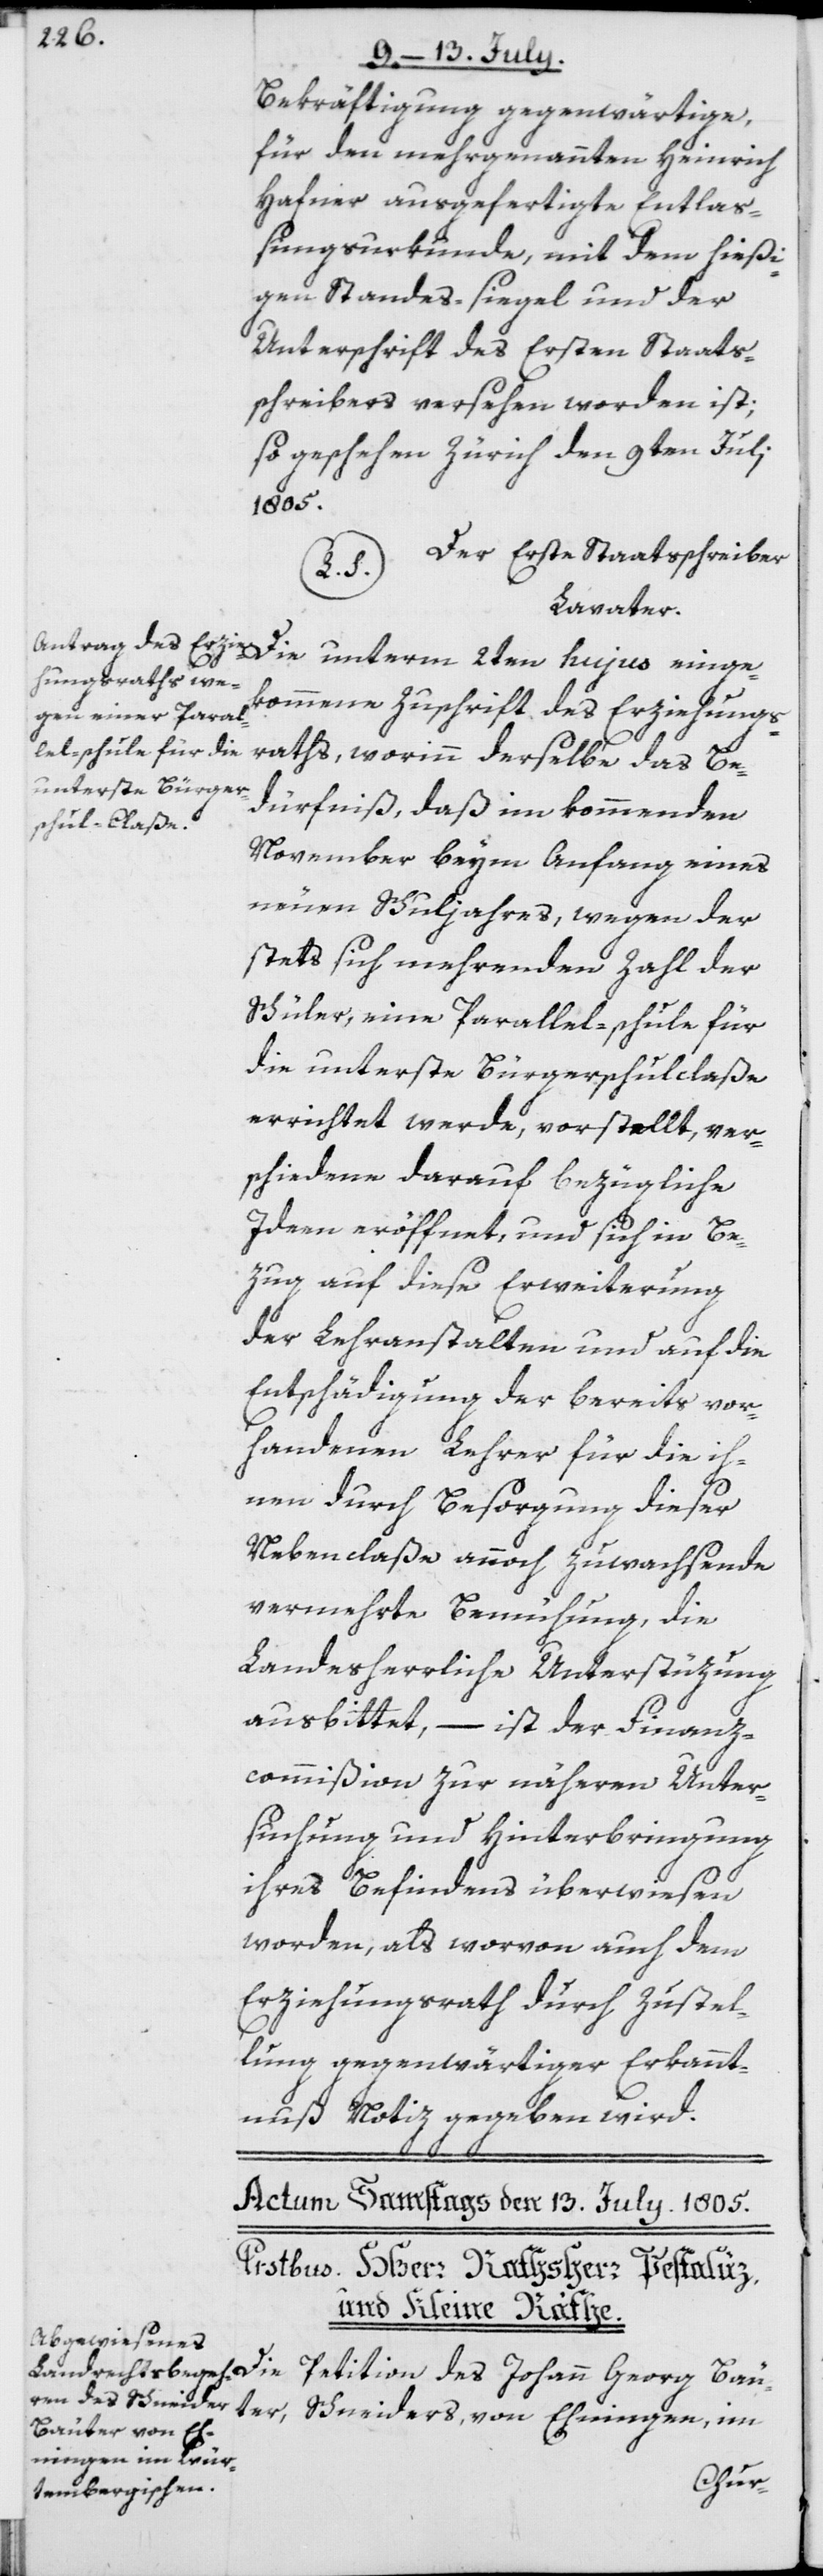
Bekräftigung gegenwärtige,
für den mehrgenannten Heinrich
Hafner ausgefertigte Entlaß¬
ungsurkunde, mit dem hießi¬
gen Standes-siegel und der
Unterschrift des Ersten Staats¬
schreibers versehen worden ist;
so geschehen Zürich den 9ten Juli
einge¬
Der Erste Staatsschreiber
S.)
Lavater.
kommene Zuschrift des Erziehungs¬
raths, worinn derselbe das Be¬
dürfnis, daß im kommenden
November beym Anfang eines
neuen Schuljahres, wegen der
stets sich mehrenden Zahl der
Schüler, eine Parallel-schule für
die unterste Bürgerschulclaße
errichtet werde, vorstellt, ver¬
schiedene darauf bezügliche
Ideen eröffnet, und sich in Be¬
zug auf diese Erweiterung
der Lehranstalten und auf die
Entschädigung der bereits vor¬
handenen Lehrer für die ih¬
nen durch Besorgung dieser
Nebenclaße annoch zuwachsende
vermehrte Bemühung, die
Landesherrliche Unterstüzung
ausbittet, – ist der Finanz¬
commißion zur näheren Unter¬
suchung und Hinterbringung
ihres Befindes überwiesen
worden, als worvon auch dem
Erziehungsrath durch Zustel¬
lung gegenwärtiger Erkannt¬
nuß Notiz gegeben wird.
unterm 2ten hujus
Petiton des Johann Georg Bäu¬
ter, Schneiders, von Ehningen, im